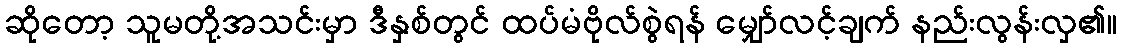
ဆိုတော့ သူမတို့အသင်းမှာ ဒီနှစ်တွင် ထပ်မံဗိုလ်စွဲရန် မျှော်လင့်ချက် နည်းလွန်းလှ၏။